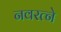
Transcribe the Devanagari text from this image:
नवरत्ने